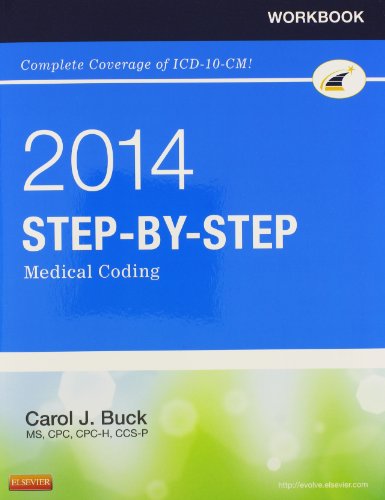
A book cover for Workbook for Step-by-Step Medical Coding, 2014 Edition, 1e; Carol J. Buck MS  CPC  CCS-P; Medical Books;